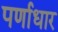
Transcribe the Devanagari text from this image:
पर्णाधार